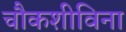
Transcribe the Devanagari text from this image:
चौकशीविना